Medical and sanitary report of the native army of Bengal for the year
Year: 1878
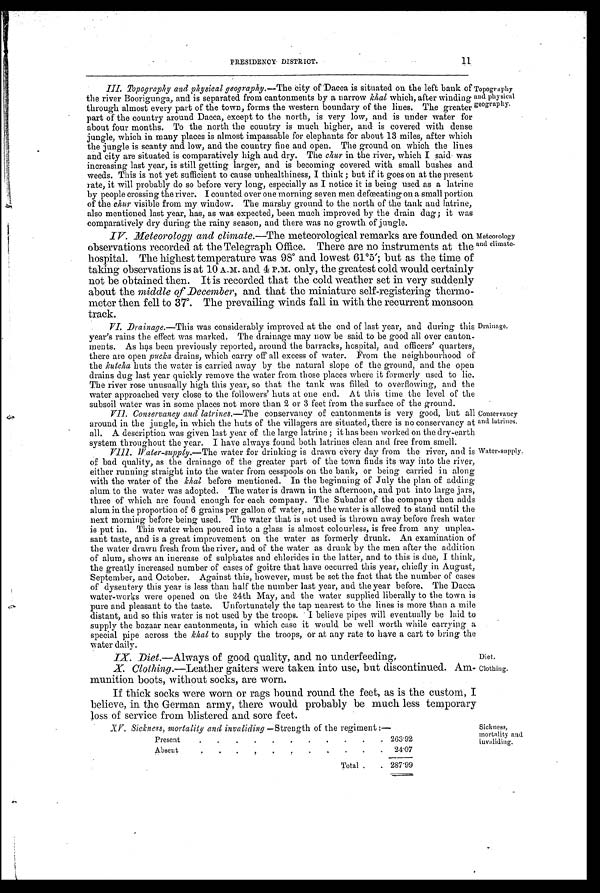
Diet.
Clothing.
XV. Sickness, mortalitu and invaliding —Strength of the regiment
Present
. .
. . . . . . . . 263.92
Absent
. . . . .
. 24.07
Total . . 287.99
Sickness,
mort al i t y and i nval i di ng.
PRESIDENCY DISTRICT. 11
III. Topography and physical geography. —The city of Dacca is situated on the left bank of
the river Boorigunga, and is separated from cantonments by a narrow khal which, after winding
through almost every part of the town, forms the western boundary of the lines. The greater
part of the country around Dacca, except to the north, is very low, and is under water for
about four months. To the north the country is much higher, and is covered with dense
jungle, which in many places is almost impassable for elephants for about 13 miles, after which
the jungle is scanty and low, and the country fine and open. The ground on which the lines
and city are situated is comparatively high and dry. The chur in the river, which I said was
increasing last year, is still getting larger, and is becoming covered with small bushes and
weeds. This is not yet sufficient to cause unhealthiness, I think ; but if it goes on at the present
rate, it will probably do so before very long, especially as I notice it is being used as a latrine
by people crossing the river. I counted over one morning seven men defœcating on a small portion
of the chur visible from my window. The marshy ground to the north of the tank and latrine,
also mentioned last year, has, as was expected, been much improved by the drain dug; it was
comparatively dry during the rainy season, and there was no growth of jungle.
IV. Meteorology and climate.—The meteorological remarks are founded on
observations recorded at the Telegraph Office. There are no instruments at the
hospital. The highest temperature was 98° and lowest 61°5'; but as the time of
taking observations is at 10 A.M. and 4 P.M. only, the greatest cold would certainly
not be obtained then. It is recorded that the cold weather set in very suddenly
about the middle of December, and that the miniature self-registering thermo
-meter then fell to 37°. The prevailing winds fall in with the recurrent monsoon
track.
Topography
and physical
geography.
Meteorology
and climate.
VI. Drainage. —This was considerably improved at the end of last year, and during this
year's rains the effect was marked. The drainage may now be said to be good all over canton-
ments. As has been previously reported, around the barracks, hospital, and officers' quarters,
there are open pucka drains, which carry off all excess of water. From the neighbourhood of
the kutcha huts the water is carried away by the natural slope of the ground, and the open
drains dug last year quickly remove the water from those places where it formerly used to lie.
The river rose unusually high this year, so that the tank was filled to overflowing, and the
water approached very close to the followers' huts at one end. At this time the level of the
subsoil water was in some places not more than 2 or 3 feet from the surface of the ground.
VII. Conservancy and latrines.—The conservancy of cantonments is very good, but all
around in the jungle, in which the huts of the villagers are situated, there is no conservancy at
all. A description was given last year of the large latrine ; it has been worked on the dry-earth
system throughout the year. I have always found both latrines clean and free from smell.
VIII. Water-supply. —The water for drinking is drawn every day from the river, and is
of bad quality, as the drainage of the greater part of the town finds its way into the river,
either running straight into the water from cesspools on the bank, or being carried in along
with the water of the khal before mentioned. In the beginning of July the plan of adding
alum to the water was adopted. The water is drawn in the afternoon, and put into large jars,
three of which are found enough for each company. The Subadar of the company then adds
alum in the proportion of 6 grains per gallon of water, and the water is allowed to stand until the
next morning before being used. The water that is not used is thrown away before fresh water
is put in. This water when poured into a glass is almost colourless, is free from any unplea
-sant taste, and is a great improvement on the water as formerly drunk. An examination of
the water drawn fresh from the river, and of the water as drunk by the men after the addition
of alum, shows an increase of sulphates and chlorides in the latter, and to this is due, I think,
the greatly increased .number of cases of goitre that have occurred this year, chiefly in August,
September, and October. Against this, however, must be set the fact that the number of cases
of dysentery this year is less than half the number last year, and the year before, The Dacca
water-works were opened on the 24th May, and the water supplied liberally to the town is
pure and pleasant to the taste. Unfortunately the tap nearest to the lines is more than a mile
distant, and so this water is not used by the troops. I believe pipes will eventually be laid to
supply the bazaar near cantonments, in which case it would be well worth while carrying a
special pipe across the khal to supply the troops, or at any rate to have a cart to bring the
Water daily.
IX. Diet. —Always of good quality, and no underfeeding,
X. Clothing.—Leather gaiters were taken into use, but discontinued. Am-
munition boots, without socks, are worn.
If thick socks were worn or rags bound round the feet, as is the custom, I
believe, in the German army, there would probably be much less temporary
loss of service from blistered and sore feet.
Drainage.
Conservancy
and latrines.
Water-supply,